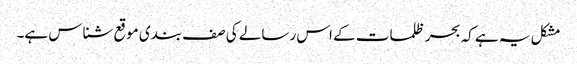
مشکل یہ ہے کہ بحر ظلمات کے اس رسالے کی صف بندی موقع شناس ہے۔